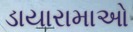
ડાયારામાઓ